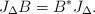
LaTeX: \begin{align*} J_\Delta B = B^* J_\Delta.\end{align*}